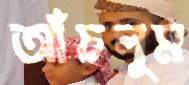
আঁচলুম